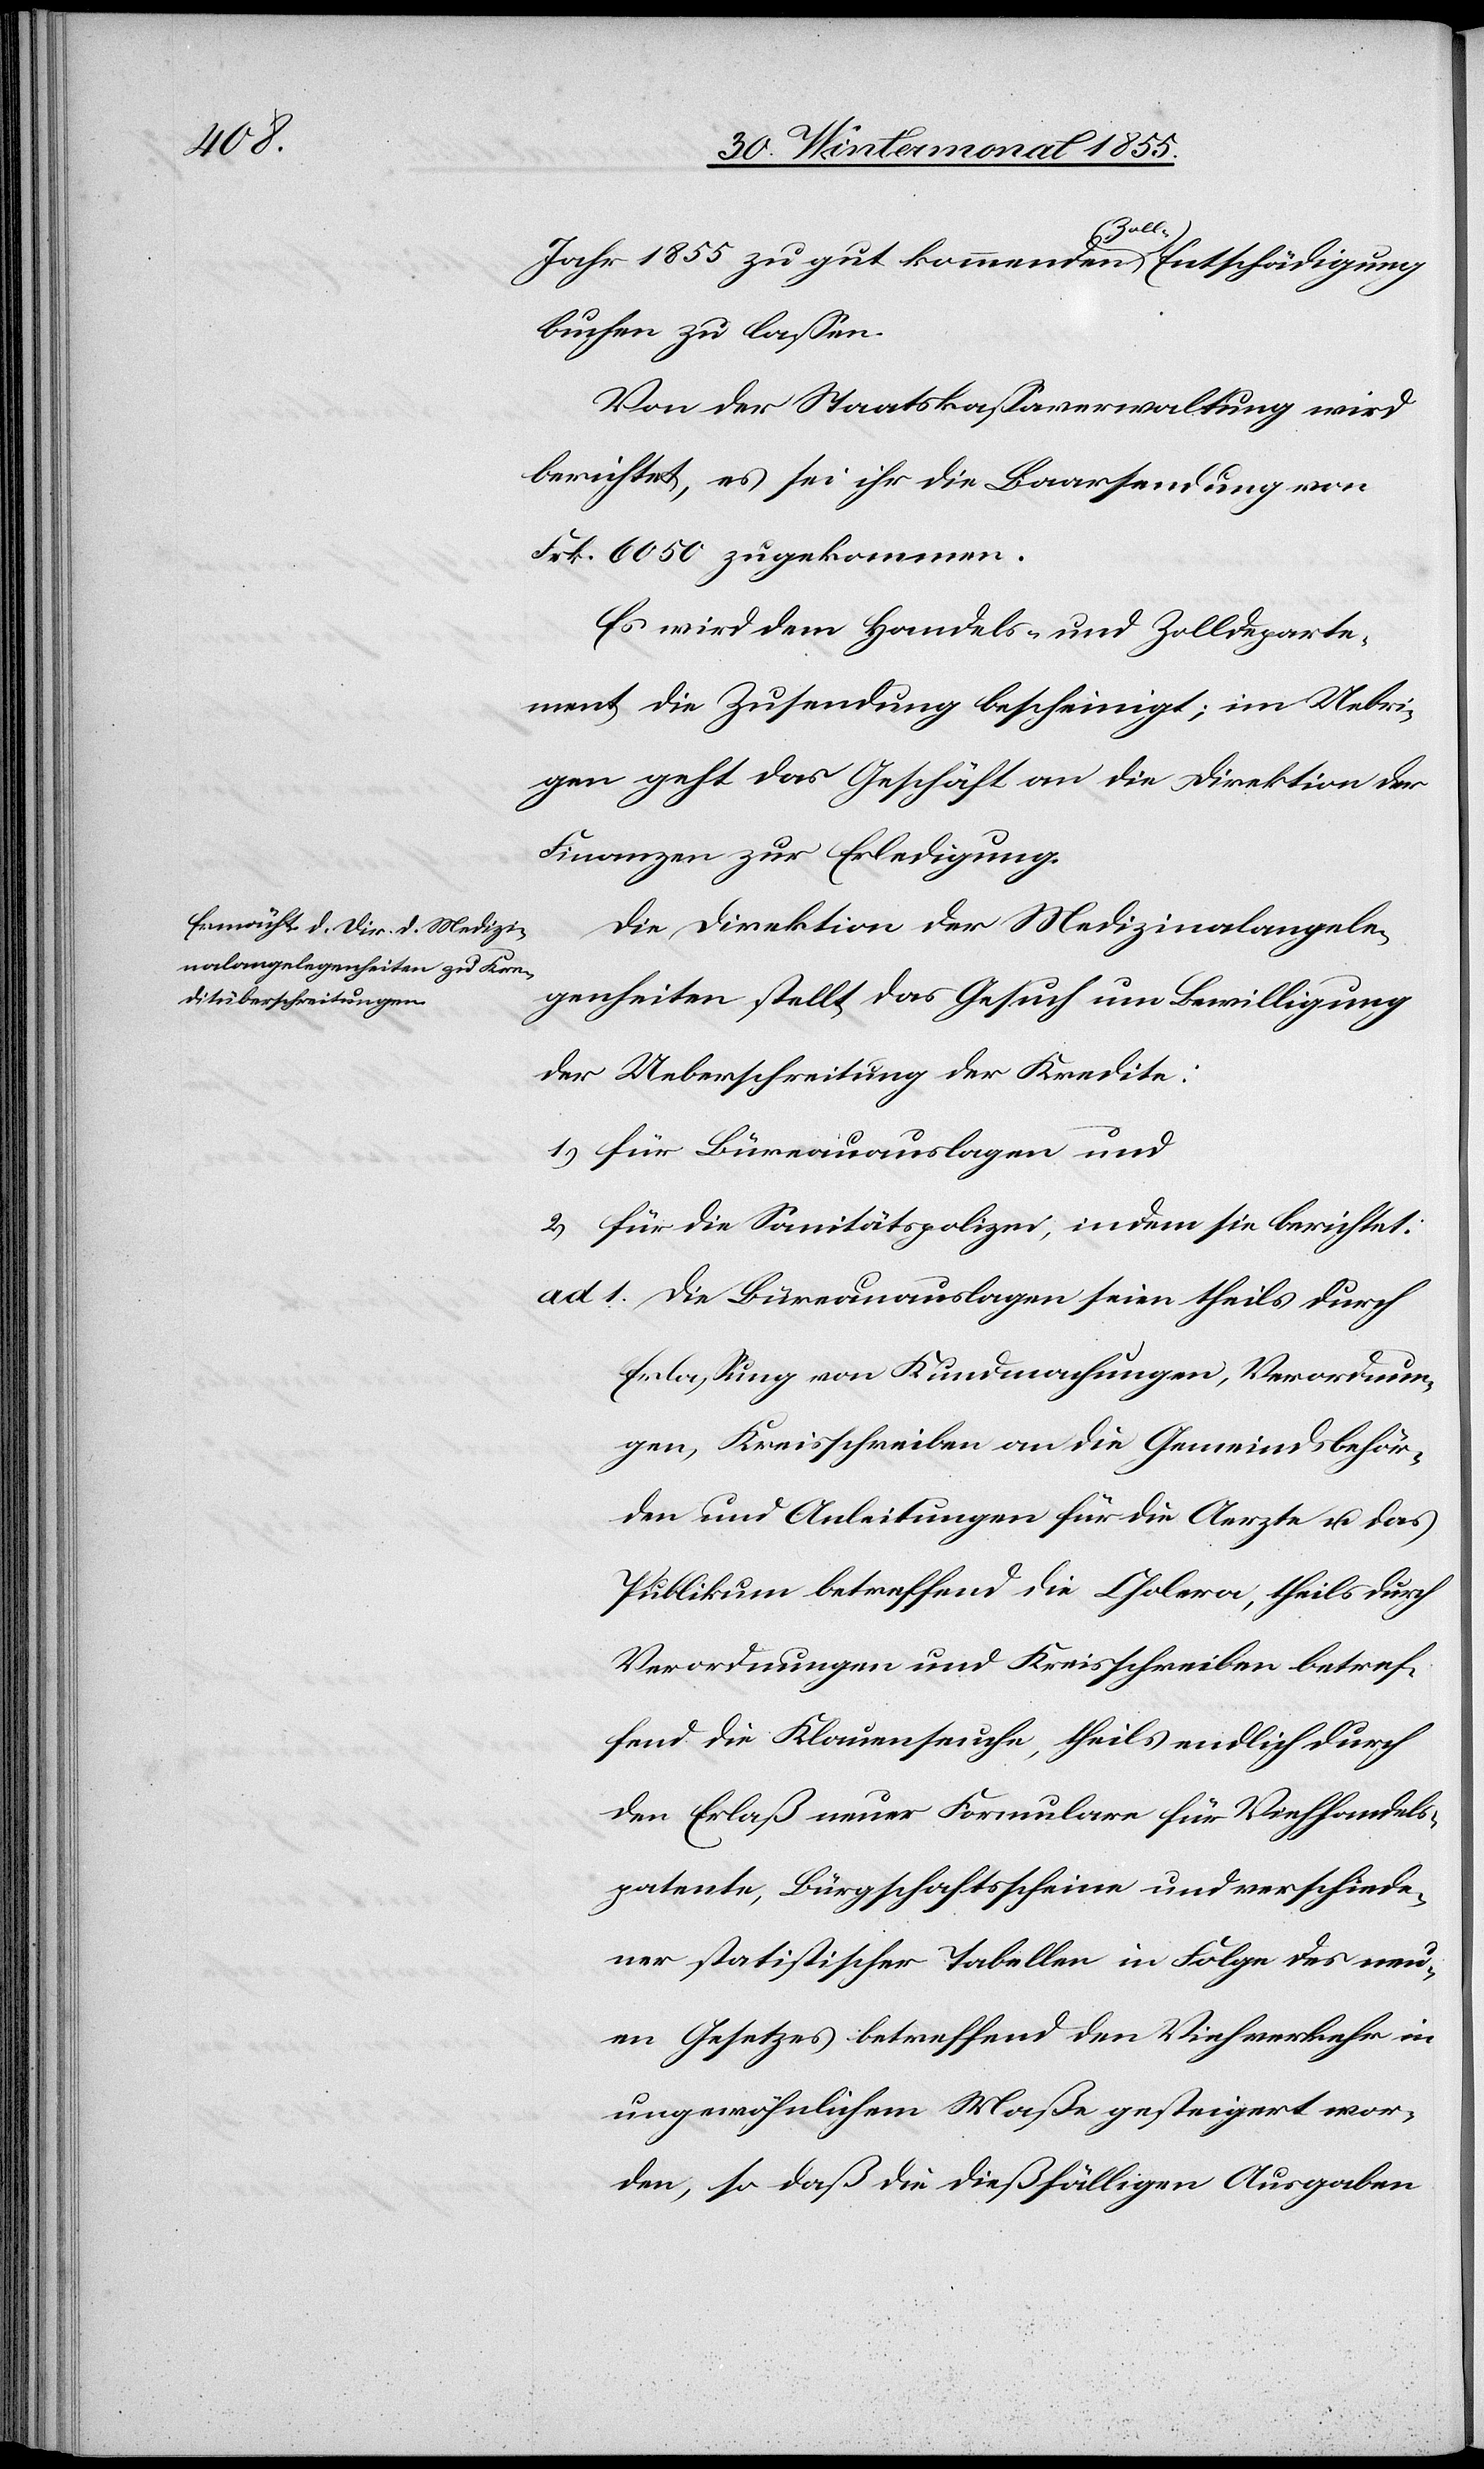
Jahr 1855 zu gut kommenden Zoll-Entschädigung
buchen zu lassen.
Von der Staatskassaverwaltung wird
berichtet, es sei ihr die Baarsendung von
Frk. 6050 zugekommen.
Es wird dem Handels- und Zolldeparte¬
ment die Zusendung bescheinigt; im Uebri¬
gen geht das Geschäft an die Direktion der
Finanzen zur Erledigung.
Die Direktion der Medizinalangele¬
genheiten stellt das Gesuch um Bewilligung
der Ueberschreitung der Kredite:
1) für Büreauauslagen und
2) für die Sanitätspolizei, indem die berichtet:
Die Büreauauslagen seien theils durch
Erlassung von Kundmachungen, Verordnun¬
gen, Kreisschreiben an die Gemeindsbehör¬
den und Anleitungen für die Aerzte u. das
Publikum betreffend die Cholera, theils durch
Verordnungen und Kreisschreiben betref¬
fend die Klauenseuche, theils endlich durch
den Erlaß neuer Formulare für Viehhandels¬
patente, Bürgschaftsscheine und verschiede¬
ner statistischer Tabellen in Folge des neu¬
en Gesetzes betreffend den Viehverkehr in
ungewöhnlichem Maße gesteigert wor¬
den, so daß die dießfälligen Ausgaben